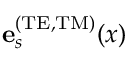
{ \bf e } _ { s } ^ { \mathrm { ( T E , T M ) } } ( x )